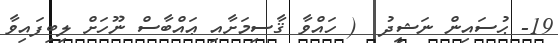
19- ޙުސައިން ނަޝީދު  ( ހައްވާ ޤާސިމަށާއި ޢައްބާސް ނޫހަށް ލިބިފައިވާ